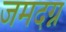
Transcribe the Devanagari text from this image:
जमदग्न